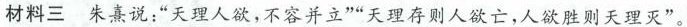
材料三 朱熹说：”天理人欲，不容并立””天理存则人欲亡，人欲胜则天理灭”。